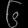
Digit: ၆